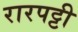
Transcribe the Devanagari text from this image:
रारपट्टी